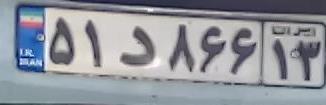
۵۱د۸۶۶۱۳